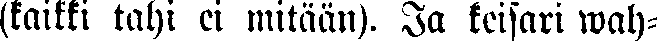
(kaikki tahi ei mitään). Ja keisari wah-